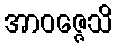
အာဝဇ္ဇေသိ